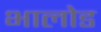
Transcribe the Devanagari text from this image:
भालोड